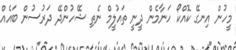
މީހުން އިނގޭ ކޮއްކޯ ހަނާމެން ދީނީ ތައުލީމް ނެތި ޝޭހުންދޭ ދަރުސުން ބައެއް